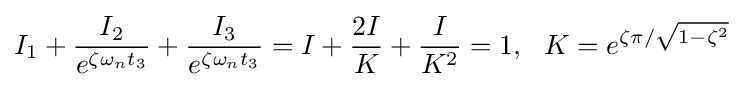
I_{1}+{\frac {I_{2}}{e^{\zeta \omega _{n}t_{3}}}}+{\frac {I_{3}}{e^{\zeta \omega _{n}t_{3}}}}=I+{\frac {2I}{K}}+{\frac {I}{K^{2}}}=1,\ \ K=e^{\zeta \pi /{\sqrt {1-\zeta ^{2}}}}